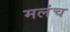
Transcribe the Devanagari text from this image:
मलंच